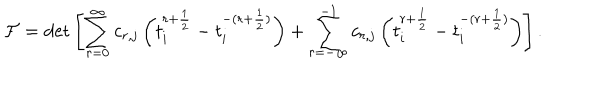
{ \cal F } = \det \left[ \sum _ { r = 0 } ^ { \infty } c _ { r , j } \left( t _ { i } ^ { r + \frac { 1 } { 2 } } - t _ { i } ^ { - ( r + \frac { 1 } { 2 } ) } \right) + \sum _ { r = - \infty } ^ { - 1 } c _ { r , j } \left( t _ { i } ^ { r + \frac { 1 } { 2 } } - t _ { i } ^ { - ( r + \frac { 1 } { 2 } ) } \right) \right] .